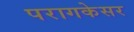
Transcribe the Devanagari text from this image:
परागकेसर